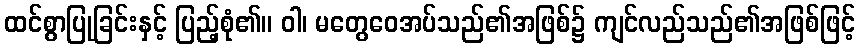
ထင်စွာပြုခြင်းနှင့် ပြည့်စုံ၏။ ဝါ၊ မတွေဝေအပ်သည်၏အဖြစ်၌ ကျင်လည်သည်၏အဖြစ်ဖြင့်